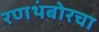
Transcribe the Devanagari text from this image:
रणथंबोरचा